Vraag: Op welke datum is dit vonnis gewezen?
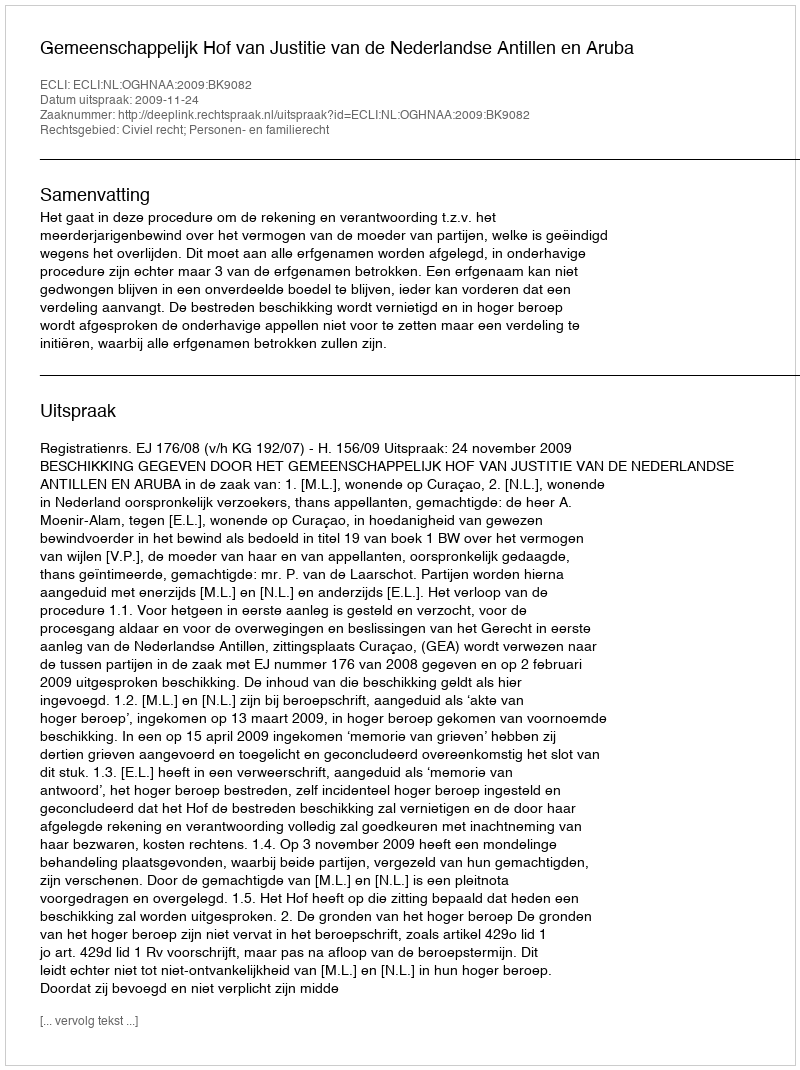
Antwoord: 2009-11-24